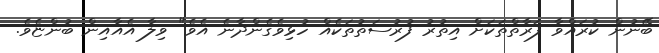
ބޭނުން ކުރައްވާ ފަރާތްތަކަށް އިތުރު ފުރުސަތުތަކެއް ހުޅިވެގެންދާނެ އެވެ" ވިލާ އެއާއިން ބުންޏެވެ.